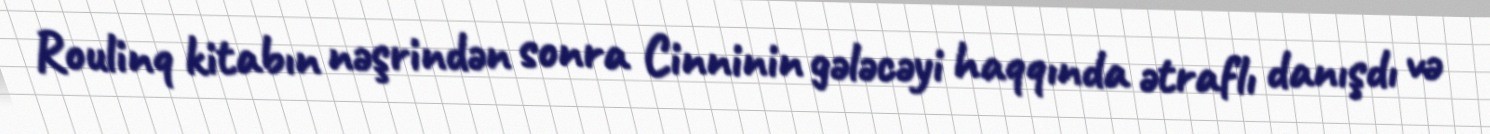
Roulinq kitabın nəşrindən sonra Cinninin gələcəyi haqqında ətraflı danışdı və